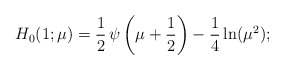
\begin{align*}H_0(1;\mu)= {1\over 2}\,\psi\left( \mu+ {1\over 2}\right)-\frac14\ln(\mu^2);\end{align*}